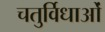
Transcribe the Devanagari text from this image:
चतुर्विधाओं